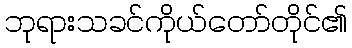
ဘုရားသခင်ကိုယ်တော်တိုင်၏